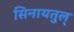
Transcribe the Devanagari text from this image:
सिनायतुल्